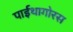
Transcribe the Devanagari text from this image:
पाईथागोरस